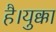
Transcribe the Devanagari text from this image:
है।युक्का